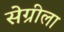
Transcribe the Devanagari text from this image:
सेग्रीला